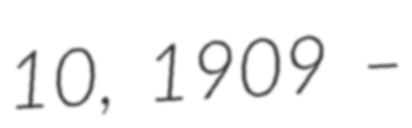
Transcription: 10, 1909 –